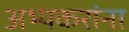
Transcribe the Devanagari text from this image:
अभ्यंकरांना